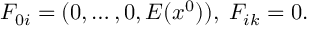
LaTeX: F _ { 0 i } = ( 0 , \ldots , 0 , E ( x ^ { 0 } ) ) , \; F _ { i k } = 0 .